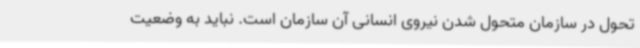
تحول در سازمان متحول شدن نیروی انسانی آن سازمان است. نباید به وضعیت